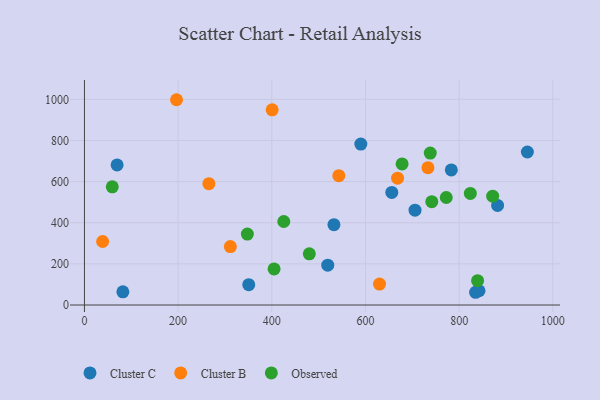
{"axis": {"x": "Distance", "y": "Exam Score"}, "legend": ["Cluster B", "Cluster C", "Observed"], "data": [{"x": "82.0", "y": 64.2, "type": "Cluster C"}, {"x": "69.7", "y": 680.9, "type": "Cluster C"}, {"x": "532.7", "y": 390.7, "type": "Cluster C"}, {"x": "656.2", "y": 547.2, "type": "Cluster C"}, {"x": "842.5", "y": 69.2, "type": "Cluster C"}, {"x": "882.1", "y": 484.1, "type": "Cluster C"}, {"x": "835.1", "y": 61.9, "type": "Cluster C"}, {"x": "519.5", "y": 193.7, "type": "Cluster C"}, {"x": "705.8", "y": 460.9, "type": "Cluster C"}, {"x": "350.8", "y": 98.7, "type": "Cluster C"}, {"x": "590.1", "y": 782.3, "type": "Cluster C"}, {"x": "783.3", "y": 657.0, "type": "Cluster C"}, {"x": "945.7", "y": 743.9, "type": "Cluster C"}, {"x": "311.5", "y": 284.3, "type": "Cluster B"}, {"x": "400.8", "y": 949.0, "type": "Cluster B"}, {"x": "668.5", "y": 616.9, "type": "Cluster B"}, {"x": "38.8", "y": 308.7, "type": "Cluster B"}, {"x": "733.4", "y": 667.7, "type": "Cluster B"}, {"x": "196.6", "y": 998.1, "type": "Cluster B"}, {"x": "265.7", "y": 590.0, "type": "Cluster B"}, {"x": "543.1", "y": 628.9, "type": "Cluster B"}, {"x": "630.0", "y": 101.7, "type": "Cluster B"}, {"x": "823.9", "y": 542.7, "type": "Observed"}, {"x": "404.9", "y": 175.4, "type": "Observed"}, {"x": "871.6", "y": 529.0, "type": "Observed"}, {"x": "839.4", "y": 118.2, "type": "Observed"}, {"x": "425.6", "y": 406.0, "type": "Observed"}, {"x": "59.4", "y": 574.6, "type": "Observed"}, {"x": "347.8", "y": 344.8, "type": "Observed"}, {"x": "480.1", "y": 248.7, "type": "Observed"}, {"x": "678.2", "y": 685.8, "type": "Observed"}, {"x": "738.3", "y": 738.6, "type": "Observed"}, {"x": "741.6", "y": 502.6, "type": "Observed"}, {"x": "772.5", "y": 522.7, "type": "Observed"}]}